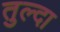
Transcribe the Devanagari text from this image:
तुल्दा